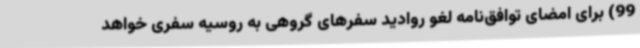
99) برای امضای توافق‌نامه لغو روادید سفرهای گروهی به روسیه سفری خواهد